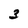
Character: 3